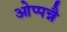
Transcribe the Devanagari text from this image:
ओप्पन्नै